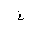
Letter: _gayn